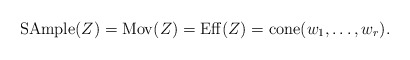
\begin{align*} {\rm SAmple}(Z) = {\rm Mov}(Z) = {\rm Eff}(Z) = {\rm cone}(w_1,\dots,w_r).\end{align*}